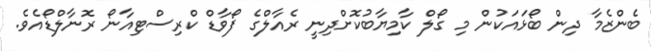
ބެންޒެމާ ދިން ބޯޅައަކުން މި ގޯލް ކާމިޔާބުކޮށްދިިނީ ރެއާލްގެ ފޯވާޑް ކްރިސްޓިއާނޯ ރޮނާލްޑޯއެވެ.